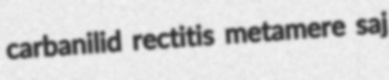
carbanilid rectitis metamere saj